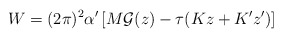
\begin{align*}W= (2\pi)^2\alpha'\left[M{\cal G}(z) - \tau(K z + K' z') \right]\end{align*}